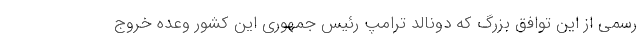
رسمی از این توافق بزرگ که دونالد ترامپ رئیس جمهوری این کشور وعده خروج